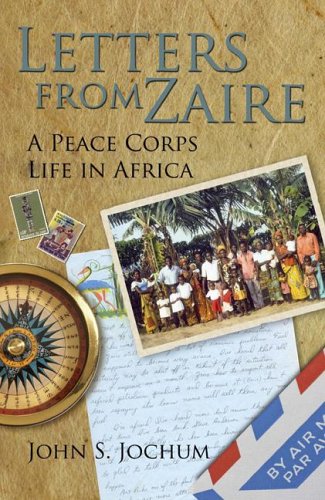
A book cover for Letters from Zaire: A Peace Corps Life in Africa; John S. Jochum; Travel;